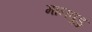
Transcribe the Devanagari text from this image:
मानवुडु